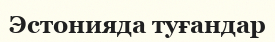
Эстонияда туғандар